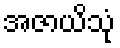
အဇာယိသုံ